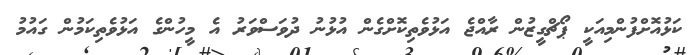
ކަޅުއޮށްފުންމިއަކީ ޕޯޗްގީޒުން ރާއްޖެ އަޅުވެތިކޮށްގެން އުޅުނު ދުވަސްވަރު އެ މީހުންގެ އަޅުވެތިކަމުން ގައުމު